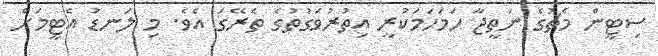
ސިޓީން މެޗުގެ ނަތީޖާ ހަމަހަމަކުރީ އިތުރުވަގުތުގެ ތެރޭގަ އެވެ. މި ލަނޑު އެޓީމަށް